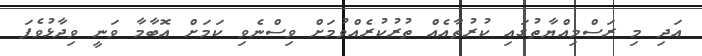
އަދި މި ރަސްމިއްޔާތުގައި ކުރުތާއެއް ތުރުުކުރެއްވުމަށް ވިސްނެވި ކަމަށް އޮބާމާ ވަނީ ވިދާޅުވެފަ